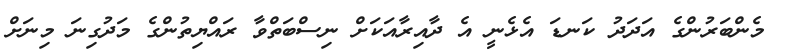
މެންބަރުންގެ އަދަދު ކަނޑަ އެޅެނީ އެ ދާއިރާއަކަށް ނިސްބަތްވާ ރައްޔިތުންގެ މަދުގިނަ މިނަށް